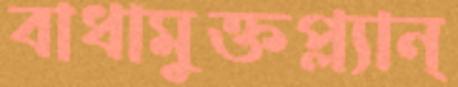
বাধামুক্তপ্ল্যান্